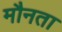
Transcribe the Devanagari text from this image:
मौनता